Lunatic asylums Punjab 1868-1880 - 1868-1880
Year: 1868
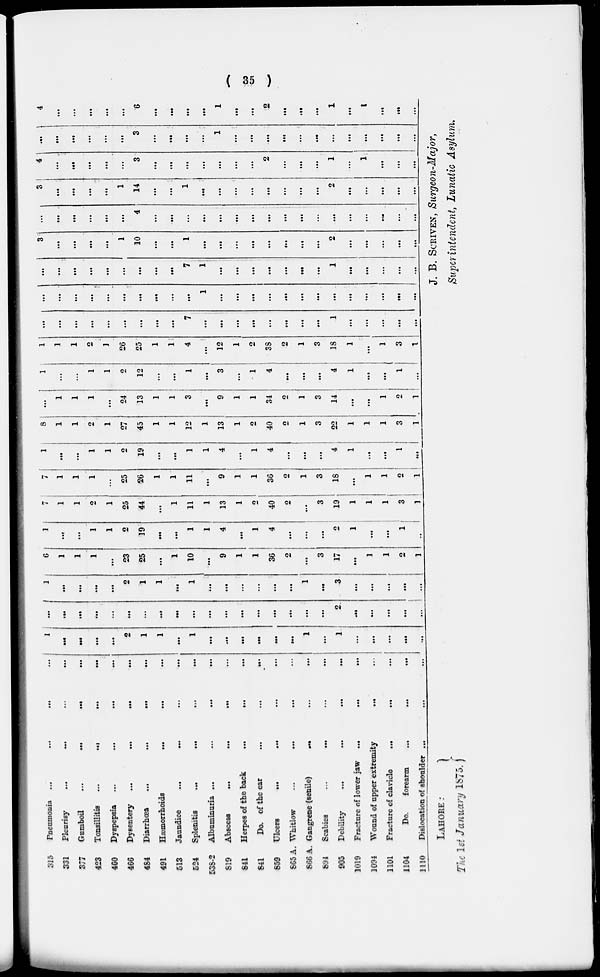
( 35 )
315
331
377
423
460
466
4S4
491
513
624
538-2
819
841
841
859
865A.
866 A.
894
905
1019
1094
1101
1104
1110
Pneumonia ...
...
...
Pleurisy
...
...
...
...
Gumboil
...
...
...
Tonsillitis
...
...
...
...
Dyspepsia
...
...
...
...
Dysentery
...
...
...
...
Diarrhoea
...
...
...
...
Haemorrhoids
...
...
...
Jaundice
...
...
...
...
Splenitis
...
...
...
...
Albuminuria ...
...
...
...
Abscess
...
...
...
...
Herpes of the back
...
...
...
Do. of the ear
...
Ulcers
...
...
...
...
Whitlow
...
...
...
Gangrene (senile)
...
...
...
Scabies
...
...
Debility
...
...
...
...
Fracture of lower jaw
...
...
...
Wound of upper extremity
... ...
Fracture of clavicle
...
...
Do.
forearm
...
...
...
Dislocation of shoulder ...
...
...
1
...
...
...
...
2
1
1
...
1
...
...
...
...
...
...
1
...
1
...
...
...
...
...
...
...
...
...
...
...
...
...
...
...
...
...
...
...
...
...
...
...
2
...
...
...
...
...
1
...
...
...
...
2
1
1
...
1
...
...
...
...
...
...
1
...
3
...
...
...
...
...
6
1
1
1
...
23
25
...
1
10
...
9
1
1
36
2
...
3
17
...
1
1
2
1
1
...
...
1
1
2
1 9
...
...
1
1
4
...
1
4
...
...
...
2
1
...
...
1
...
7
1
1
2
1
25
44
...
1
11
1
13
1
2
40
2
...
3
19
1
1
1
3
1
7
1
1
1
...
25
26
1
1
11
...
9
1
1
36
2
1
3
18
...
1
1
2
1
1
...
...
1
1
2
19
...
...
1
1
4
...
1
4
...
...
...
4
1
...
...
1
...
8
1
1
2
1
27
45
1
1
12
1
13
1
2
40
2
1
3
22
1
1
1
3
1
...
1
1
1
...
24
13
1
1
3
...
9
1
1
34
2
1
3
14
...
...
1
2
1
1
...
...
1
1
2
12
...
...
1
...
3
...
1
4
...
...
...
4
l
...
...
l
...
l
l
l
2
1
26
25
1
1
4
...
12
1
2
38
2
1
3
18
1
...
1
3
1
...
...
...
...
...
...
...
...
...
7
...
...
...
...
...
...
...
...
1
...
...
...
...
...
...
...
...
...
...
...
...
...
...
...
1
...
...
...
...
...
...
...
...
...
...
...
...
...
...
...
...
...
...
...
...
...
...
7
1
...
...
...
...
...
...
...
1
...
...
...
...
...
3
...
...
...
...
1
10
...
...
1
...
...
...
...
...
...
...
...
2
...
...
...
...
...
...
...
...
...
...
...
4
...
...
...
...
...
...
...
...
...
...
...
...
...
...
...
...
...
3
...
...
...
...
1
14
...
...
1
...
...
...
...
...
...
...
...
2
...
...
...
...
...
4
...
...
...
...
...
3
...
...
...
...
...
...
...
2
...
...
...
1
1
...
...
...
...
...
...
...
...
...
3
...
...
...
...
1
...
...
...
...
...
...
...
...
...
...
...
...
4
...
...
...
...
...
6
...
...
...
...
1
...
...
2
...
...
...
1
...
1
...
...
...
LAHORE
:
The 1st January 1875.
J. B. SCRIVEN, Surgeon-Major,
Superintendent, Lunatic Asylum.